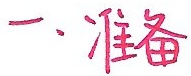
一、准备